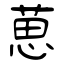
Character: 葸